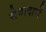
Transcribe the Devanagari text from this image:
सेवादारों